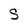
Character: S